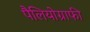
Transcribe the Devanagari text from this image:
पैलियोग्राफी